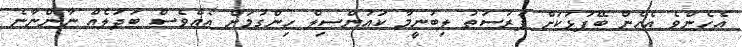
އެހެންވެ އެހެން ބޭފުޅަކަށް ފުރުސަތު ލިބުނީމާ ކައުންސިލް ހިންގުމަށް އެއްވެސް ބަދަލެއް ނާންނާނެ